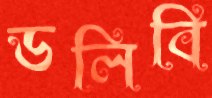
ডলিবি